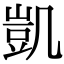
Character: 凱